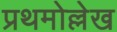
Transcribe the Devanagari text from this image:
प्रथमोल्लेख